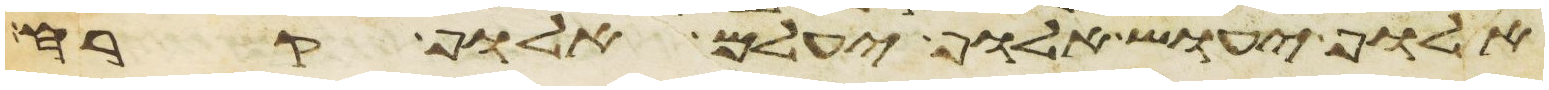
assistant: אלוף יעוש אלוף יעלם אלוף קרח